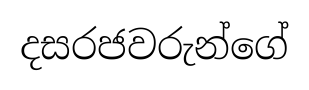
දසරජවරුන්ගේ